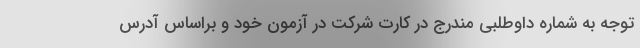
توجه به شماره داوطلبی مندرج در کارت شرکت در آزمون خود و براساس آدرس